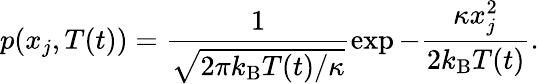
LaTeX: p(x_{j},T(t))=\frac{1}{\sqrt{2\pi k_{\mathrm{B}}T(t)/\kappa}}\exp{-\frac{\kappa x_{j}^{2}}{2k_{\mathrm{B}}T(t)}}.